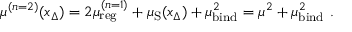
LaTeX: \mu ^ { ( n = 2 ) } ( x _ { \Delta } ) = 2 \mu _ { \mathrm { r e g } } ^ { ( n = 1 ) } + \mu _ { \mathrm { S } } ( x _ { \Delta } ) + \mu _ { \mathrm { b i n d } } ^ { 2 } = \mu ^ { 2 } + \mu _ { \mathrm { b i n d } } ^ { 2 } \ .